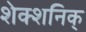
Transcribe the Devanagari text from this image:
शेक्शनिक्